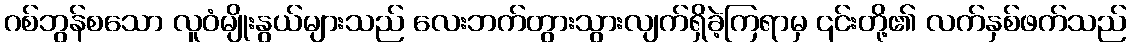
ဂစ်ဘွန်စသော လူဝံမျိုးနွယ်များသည် လေးဘက်တွားသွားလျက်ရှိခဲ့ကြရာမှ ၎င်းတို့၏ လက်နှစ်ဖက်သည်